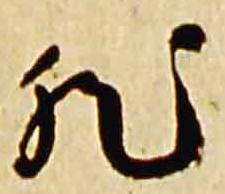
然